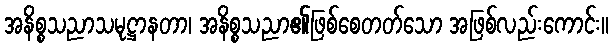
အနိစ္စသညာသမုဋ္ဌာနတာ၊ အနိစ္စသညာ၏ဖြစ်စေတတ်သော အဖြစ်လည်းကောင်း။